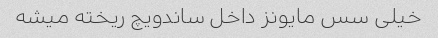
خیلی سس مایونز داخل ساندویچ ریخته میشه